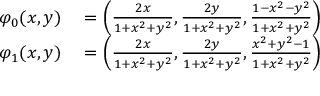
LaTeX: \begin{array} { r l } { \varphi _ { 0 } ( x , y ) } & { { } = \left( { \frac { 2 x } { 1 + x ^ { 2 } + y ^ { 2 } } } , { \frac { 2 y } { 1 + x ^ { 2 } + y ^ { 2 } } } , { \frac { 1 - x ^ { 2 } - y ^ { 2 } } { 1 + x ^ { 2 } + y ^ { 2 } } } \right) } \\ { \varphi _ { 1 } ( x , y ) } & { { } = \left( { \frac { 2 x } { 1 + x ^ { 2 } + y ^ { 2 } } } , { \frac { 2 y } { 1 + x ^ { 2 } + y ^ { 2 } } } , { \frac { x ^ { 2 } + y ^ { 2 } - 1 } { 1 + x ^ { 2 } + y ^ { 2 } } } \right) } \end{array}